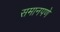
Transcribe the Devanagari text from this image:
समानपणे